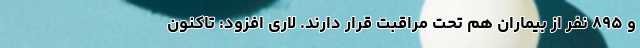
و ۸۹۵ نفر از بیماران هم تحت مراقبت قرار دارند. لاری افزود: تاکنون